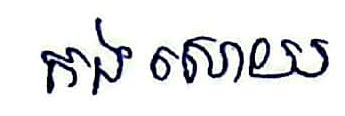
កងសោយ